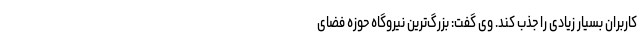
کاربران بسیار زیادی را جذب کند. وی گفت: بزرگ‌ترین نیروگاه حوزه فضای